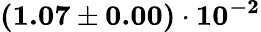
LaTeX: \mathbf{(1.07\pm 0.00)\cdot 10^{-2}}